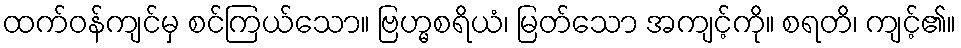
ထက်ဝန်ကျင်မှ စင်ကြယ်သော။ ဗြဟ္မစရိယံ၊ မြတ်သော အကျင့်ကို။ စရတိ၊ ကျင့်၏။